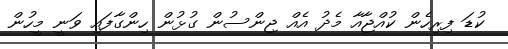
ކުޑަ ފިރިހެން ކުއްޖާއާ މެދު އެއް ޖިންސުން ގުޅުން ހިންގާފައި ވަނީ މީހުން